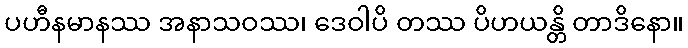
ပဟီနမာနဿ အနာသဝဿ၊ ဒေဝါပိ တဿ ပိဟယန္တိ တာဒိနော။